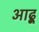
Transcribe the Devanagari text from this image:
आढ़ू